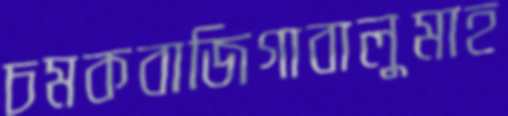
চমকবাজিগাবালুমাহ